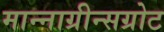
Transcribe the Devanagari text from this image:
मान्नाग्रीन्सग्रोट